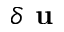
\delta \textbf { u }